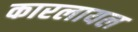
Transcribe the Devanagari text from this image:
कारलायल